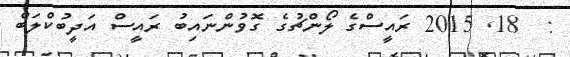
:  18